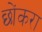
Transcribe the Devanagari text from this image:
छोंकरा